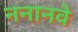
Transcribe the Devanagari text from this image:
ननानवे